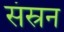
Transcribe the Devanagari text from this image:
संस्रन